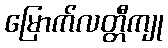
မြောက်လတ္တီကျု